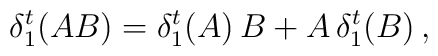
\delta_1^t (AB) = \delta_1^t (A) \, B + A \, \delta_1^t (B) \, ,